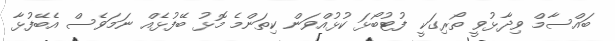
ބައްސާމް ވިދާޅުވީ ތޯރިގަކީ ފުޓުބޯޅަ ކުޅުއްވަން ކިތަންމެ މޮޅު ބޭފުޅެއް ނަމަވެސް އެބޭފުޅާ